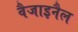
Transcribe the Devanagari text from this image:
वैजाइनैल